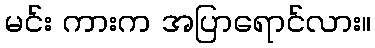
မင်း ကားက အပြာရောင်လား။